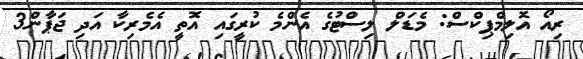
ރިއޯ އޮލިމްޕިކްސް: މެޑަލް ލިސްޓުގެ އެންމެ ކުރީގައި އޮތީ އެމެރިކާ އަދި ޖަޕާން3